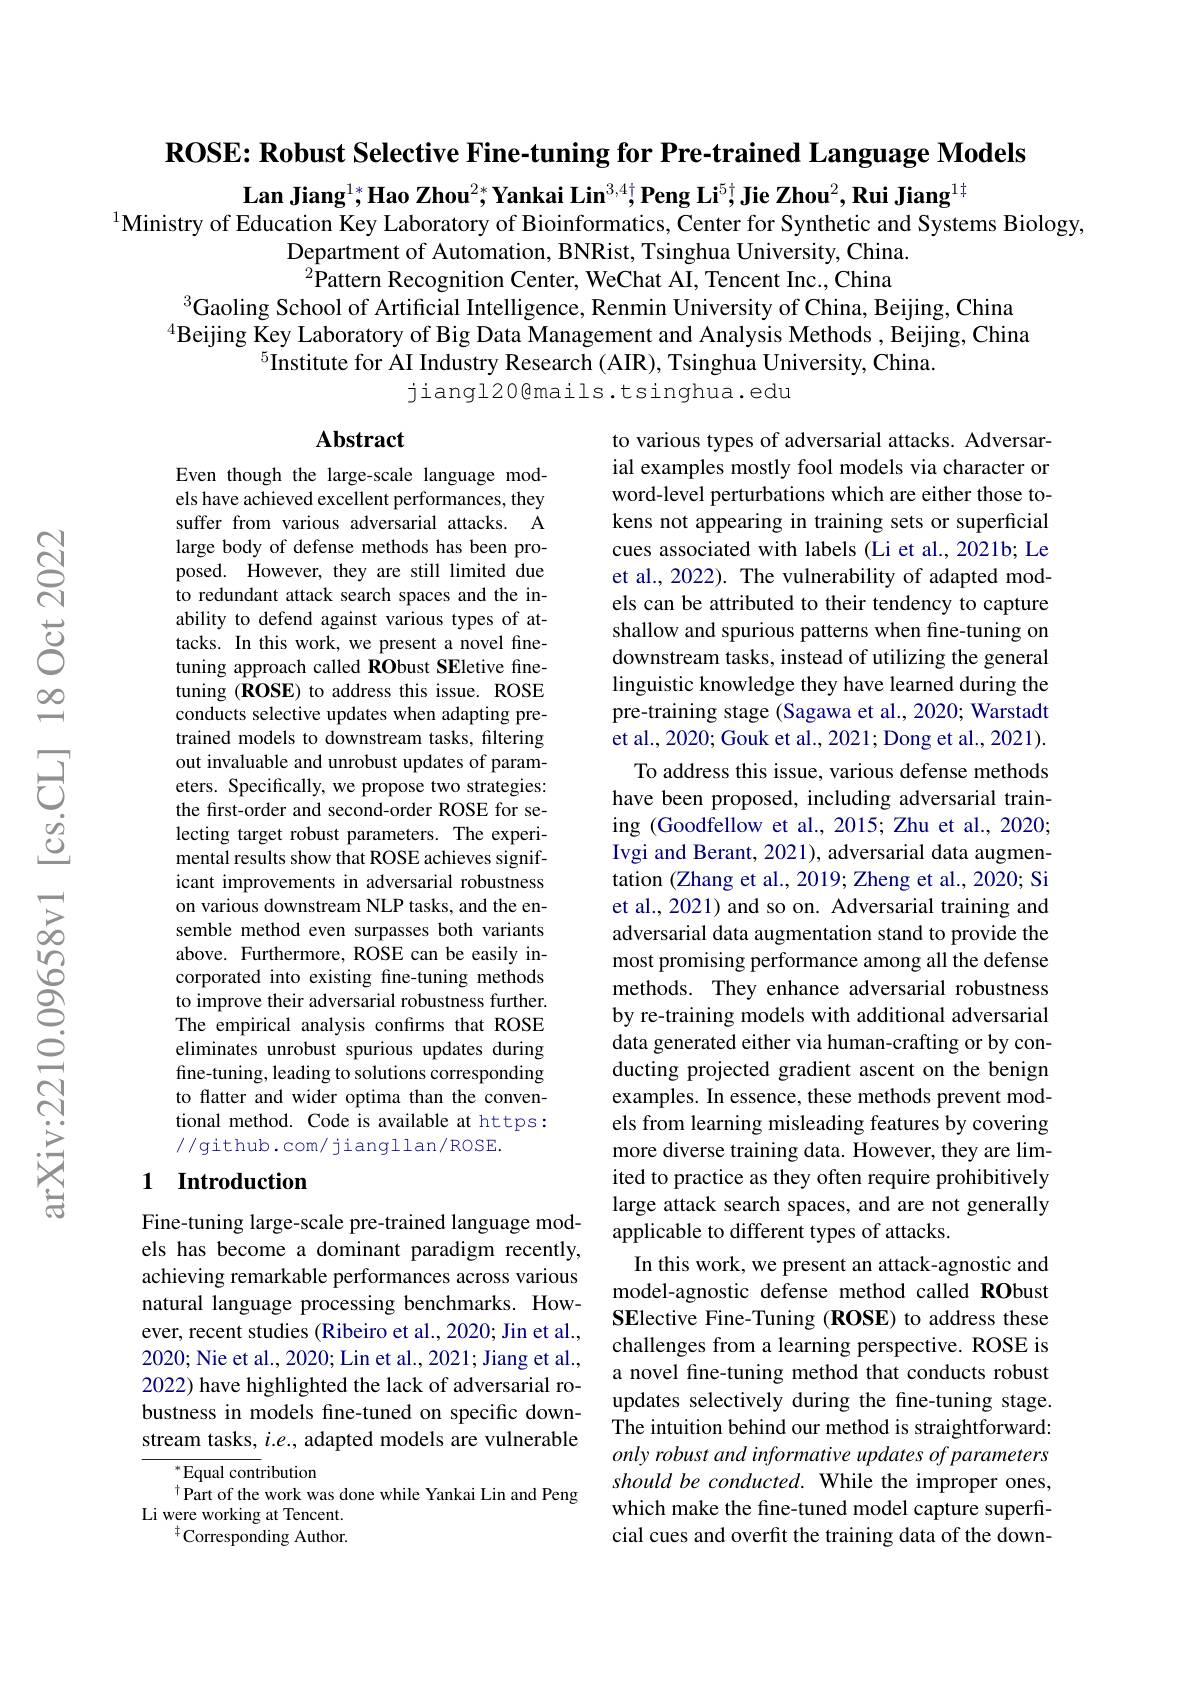
$\textbf{ROSE: Robust Selective Fine- tuning for Pre- trained Language Models}$

Lan Jiang$^{1*}$;Hao Zhou$^{2*}$,Yankai Lin$^{3,4\dagger}$,Peng Li$^{5\dagger}$,Jie Zhou$^2,\textbf{Rui Jiang}^{1\dagger}$

$^{1}$Ministry of Education Key Laboratory of Bioinformatics, Center for Synthetic and Systems Biology,
Department of Automation, BNRist, Tsinghua University, China. $^{2}$Pattern Recognition Center, WeChat AI, Tencent Inc., China
$^{3}$Gaoling School of Artificial Intelligence, Renmin University of China, Beijing, China $^{4}$Beijing Key Laboratory of Big Data Management and Analysis Methods , Beijing, China
$^{5}$Institute for AI Industry Research (AIR), Tsinghua University, China.
jiangl20@mails.tsinghua.edu

### $\mathbf{Abstract}$

Even though the large-scale language models have achieved excellent performances, they suffer from various adversarial attacks. A large body of defense methods has been proposed. However, they are still limited due to redundant attack search spaces and the inability to defend against various types of attacks. In this work, we present a novel finetuning approach called RObust SEletive finetuning (ROSE) to address this issue. ROSE conducts selective updates when adapting pretrained models to downstream tasks, filtering out invaluable and unrobust updates of parameters. Specifically, we propose two strategies: the frst-order and second-order ROSE for selecting target robust parameters. The experimental results show that ROSE achieves significant improvements in adversarial robustness on various downstream NLP tasks, and the ensemble method even surpasses both variants above. Furthermore, ROSE can be easily incorporated into existing fine-tuning methods to improve their adversarial robustness further. The empirical analysis confirms that ROSE eliminates unrobust spurious updates during fine-tuning, leading to solutions corresponding to flatter and wider optima than the conventional method. Code is available at https: //github.com/ jiangllan/ROSE.

to various types of adversarial attacks. Adversarial examples mostly fool models via character or word-level perturbations which are either those tokens not appearing in training sets or superficial cues associated with labels (Li et al., 2021b; Le et al., 2022). The vulnerability of adapted models can be attributed to their tendency to capture shallow and spurious patterns when fine-tuning on downstream tasks, instead of utilizing the general linguistic knowledge they have learned during the pre-training stage (Sagawa et al., 2020; Warstadt et al., 2020; Gouk et al., 2021; Dong et al., 2021).
To address this issue, various defense methods have been proposed, including adversarial training (Goodfellow et al., 2015; Zhu et al., 2020; Ivgi and Berant, 2021), adversarial data augmentation (Zhang et al., 2019; Zheng et al., 2020; Si et al., 2021) and so on. Adversarial training and adversarial data augmentation stand to provide the most promising performance among all the defense methods. They enhance adversarial robustness by re-training models with additional adversarial data generated either via human-crafting or by conducting projected gradient ascent on the benign examples. In essence, these methods prevent models from learning misleading features by covering more diverse training data. However, they are limited to practice as they often require prohibitively large attack search spaces, and are not generally applicable to different types of attacks.
In this work, we present an attack-agnostic and model-agnostic defense method called RObust SElective Fine-Tuning (ROSE) to address these challenges from a learning perspective. ROSE is a novel fine-tuning method that conducts robust updates selectively during the fine-tuning stage. The intuition behind our method is straightforward: only robust and informative updates of parameters should be conducted. While the improper ones, which make the fine-tuned model capture superficial cues and overfit the training data of the down-

## 1 Introduction

Fine-tuning large-scale pre-trained language models has become a dominant paradigm recently, achieving remarkable performances across various natural language processing benchmarks. However, recent studies (Ribeiro et al., 2020; Jin et al., 2020; Nie et al., 2020; Lin et al., 2021; Jiang et al., 2022) have highlighted the lack of adversarial robustness in models fine-tuned on specific downstream tasks, $i.e.$, adapted models are vulnerable

${^*}{\mathrm{Equal~cont}}$ribution
$^{\dagger}$Part of the work was done while Yankai Lin and Peng
Li were working at Tencent.
$^{\dagger}$Corresponding Author.